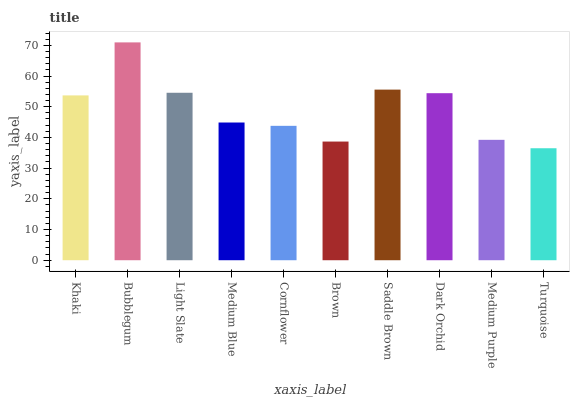
| xaxis_label | bars |
 | --- | --- |
 | Khaki | 53.7 |
 | Bubblegum | 70.9 |
 | Light Slate | 54.5 |
 | Medium Blue | 44.9 |
 | Cornflower | 43.8 |
 | Brown | 38.7 |
 | Saddle Brown | 55.6 |
 | Dark Orchid | 54.4 |
 | Medium Purple | 39.2 |
 | Turquoise | 36.5 |